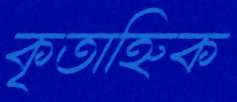
কৃতাহ্নিক